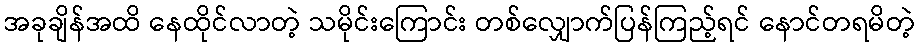
အခုချိန်အထိ နေထိုင်လာတဲ့ သမိုင်းကြောင်း တစ်လျှောက်ပြန်ကြည့်ရင် နောင်တရမိတဲ့